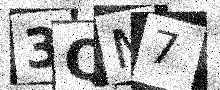
Text: 3QM7